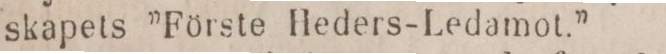
skapets ”Förste Heders-Ledamot.”